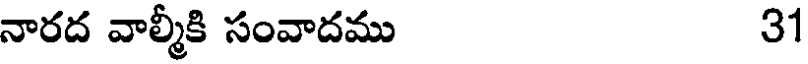
నారద వాల్మీకి సంవాదము 31